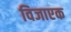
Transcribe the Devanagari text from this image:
विजाएक